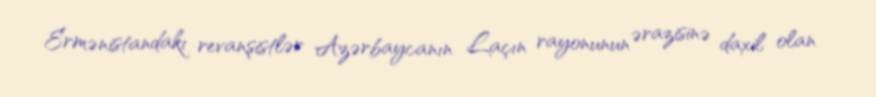
Ermənistandakı revanşistlər Azərbaycanın Laçın rayonunun ərazisinə daxil olan